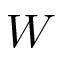
W